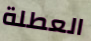
العطلة